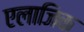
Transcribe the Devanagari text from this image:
एलाजिक